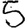
Digit: 5